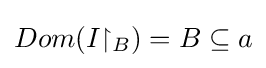
Dom(I{\upharpoonright _{B}})=B\subseteq a